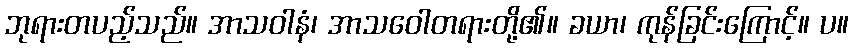
ဘုရားတပည့်သည်။ အာသဝါနံ၊ အာသဝေါတရားတို့၏။ ခယာ၊ ကုန်ခြင်းကြောင့်။ ပ။